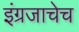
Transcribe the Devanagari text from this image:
इंग्रजाचेच